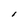
Character: 1